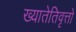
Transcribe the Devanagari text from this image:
ख्यातेतिवृत्तो